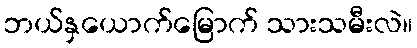
ဘယ်နှယောက်မြောက် သားသမီးလဲ။